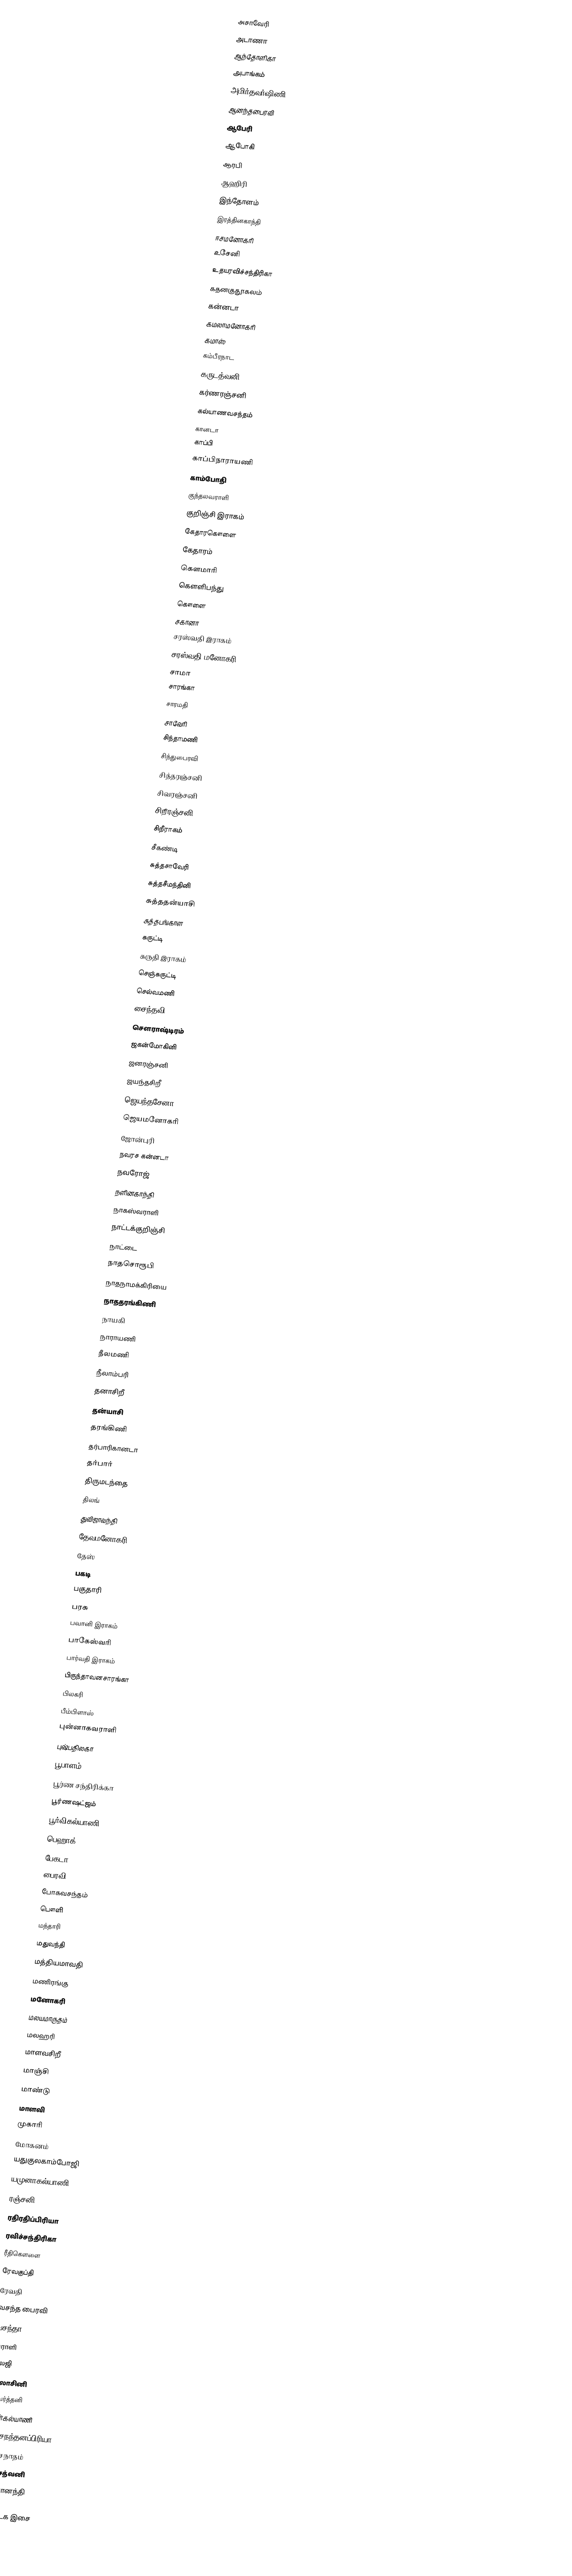
அசாவேரி
 அடாணா
 ஆந்தோளிகா
 அபாங்கம்
 அமிர்தவர்ஷிணி
 ஆனந்தபைரவி
 ஆபேரி
 ஆபோகி
 ஆரபி
 ஆஹிரி
 இந்தோளம்
 இரத்தினகாந்தி
 ஈசமனோகரி
 உசேனி
 உதயரவிச்சந்திரிகா
 கதனகுதூகலம்
 கன்னடா
 கமலாமனோகரி
 கமாஸ்
 கம்பீரநாட
 கருடத்வனி
 கர்ணரஞ்சனி
 கல்யாணவசந்தம்
 கானடா
 காப்பி
 காப்பிநாராயணி
 காம்போதி
 குந்தலவராளி
 குறிஞ்சி இராகம்
 கேதாரகௌளை
 கேதாரம்
 கௌமாரி
 கௌளிபந்து
 கௌளை
 சகானா
 சரஸ்வதி இராகம்
 சரஸ்வதி மனோகரி
 சாமா
 சாரங்கா
 சாரமதி
 சாவேரி
 சிந்தாமணி
 சிந்துபைரவி
 சித்தரஞ்சனி
 சிவரஞ்சனி
 சிறீரஞ்சனி
 சிறீராகம்
 சீகண்டி
 சுத்தசாவேரி
 சுத்தசீமந்தினி
 சுத்ததன்யாசி
 சுத்தபங்காள
 சுருட்டி
 சுருதி இராகம்
 செஞ்சுருட்டி
 செல்வமணி
 சைந்தவி
 சௌராஷ்டிரம்
 ஜகன்மோகினி
 ஜனரஞ்சனி
 ஜயந்தசிறீ
 ஜெயந்தசேனா
 ஜெயமனோகரி
 ஜோன்புரி
 நவரச கன்னடா
 நவரோஜ்
 நளினகாந்தி
 நாகஸ்வராளி
 நாட்டக்குறிஞ்சி
 நாட்டை
 நாதசொரூபி
 நாதநாமக்கிரியை
 நாததரங்கிணி
 நாயகி
 நாராயணி
 நீலமணி
 நீலாம்பரி
 தனாசிறீ
 தன்யாசி
 தரங்கிணி
 தர்பாரிகானடா
 தர்பார்
 திருமடந்தை
 திலங்
 துவிஜாவந்தி
 தேவமனோகரி
 தேஸ்
 பகடி
 பகுதாரி
 பரசு
 பவானி இராகம்
 பாகேஸ்வரி
 பார்வதி இராகம்
 பிருந்தாவனசாரங்கா
 பிலகரி
 பீம்பிளாஸ்
 புன்னாகவராளி
 புஷ்பதிலகா
 பூபாளம்
 பூர்ண சந்திரிக்கா
 பூர்ணஷட்ஜம்
 பூர்விகல்யாணி
 பெஹாக்
 பேகடா
 பைரவி
 போகவசந்தம்
 பௌளி
 மந்தாரி
 மதுவந்தி
 மத்தியமாவதி
 மணிரங்கு
 மனோகரி
 மலயமாருதம்
 மலஹரி
 மாளவசிறீ
 மாஞ்சி
 மாண்டு
 மாளவி
 முகாரி
 மோகனம்
 யதுகுலகாம்போஜி
 யமுனாகல்யாணி
 ரஞ்சனி
 ரதிரதிப்பிரியா
 ரவிச்சந்திரிகா
 ரீதிகௌளை
 ரேவகுப்தி
 ரேவதி
 வசந்த பைரவி
 வசந்தா
 வராளி
 வலஜி
 விலாசினி
 விவர்த்தனி
 ஹமீர்கல்யாணி
 ஹம்சநந்தனப்பிரியா
 ஹம்சநாதம்
 ஹம்சத்வனி
 ஹம்சானந்தி

கருநாடக இசை